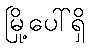
မြို့ပေါ်ရှိ